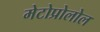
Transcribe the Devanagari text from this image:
मेटोप्रोलोल